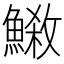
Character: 𩺕